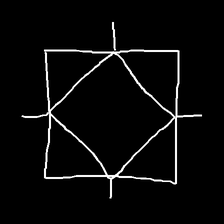
Glyph: light